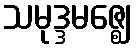
သမုဒ္ဒမဇ္ဈေ